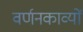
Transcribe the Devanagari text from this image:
वर्णनकाव्यों